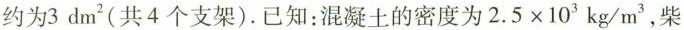
约为3dm^{2}(共4个支架).已知：混凝土的密度为$$2 . 5 \times 1 0 ^ { 3 } k